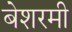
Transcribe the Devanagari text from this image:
बेशरमी